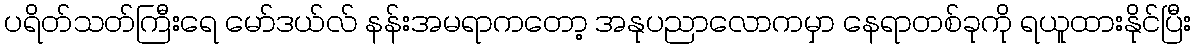
ပရိတ်သတ်ကြီးရေ မော်ဒယ်လ် နန်းအမရာကတော့ အနုပညာလောကမှာ နေရာတစ်ခုကို ရယူထားနိုင်ပြီး